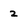
Character: 2